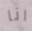
انا